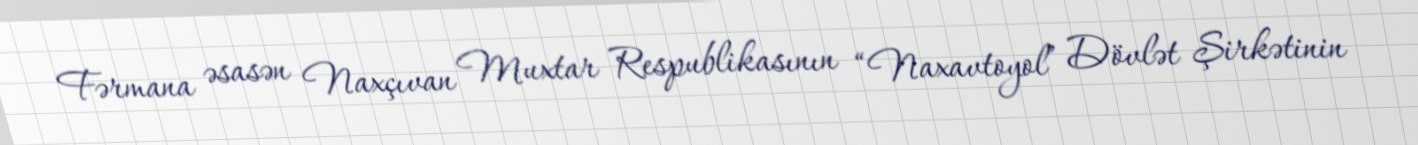
Fərmana əsasən Naxçıvan Muxtar Respublikasının “Naxavtoyol” Dövlət Şirkətinin